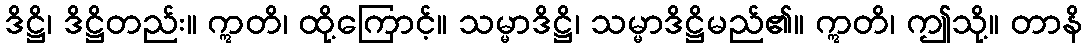
ဒိဋ္ဌိ၊ ဒိဋ္ဌိတည်း။ ဣတိ၊ ထို့ကြောင့်။ သမ္မာဒိဋ္ဌိ၊ သမ္မာဒိဋ္ဌိမည်၏။ ဣတိ၊ ဤသို့။ တာနိ